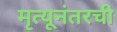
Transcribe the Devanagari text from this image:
मृत्यूनंतरची